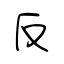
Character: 反